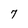
Character: 7